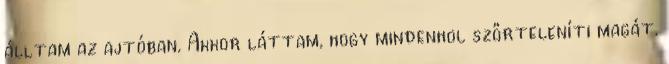
álltam az ajtóban. Akkor láttam, hogy mindenhol szőrteleníti magát.